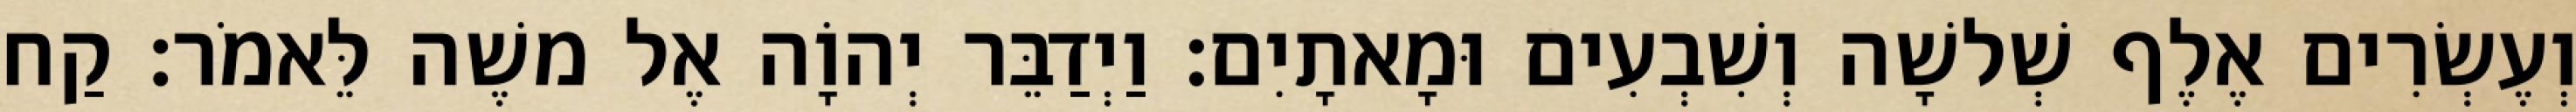
וְעֶשְׂרִים אֶלֶף שְׁלשָׁה וְשִׁבְעִים וּמָאתָיִם׃ וַיְדַבֵּר יְהוָֹה אֶל משֶׁה לֵּאמֹר׃ קַח